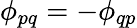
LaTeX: \phi_{pq}=-\phi_{qp}